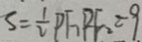
S = \frac { 1 } { 2 } P F _ { 1 } P F _ { 2 } = 9